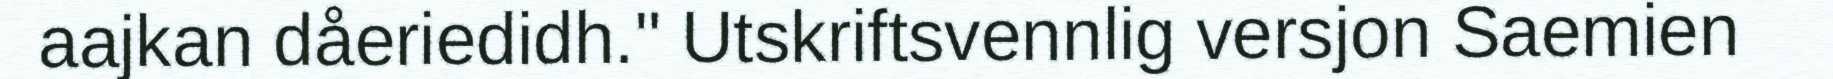
aajkan dåeriedidh." Utskriftsvennlig versjon Saemien